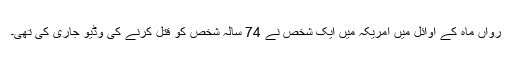
رواں ماہ کے اوائل میں امریکہ میں ایک شخص نے 74 سالہ شخص کو قتل کرنے کی وڈیو جاری کی تھی۔